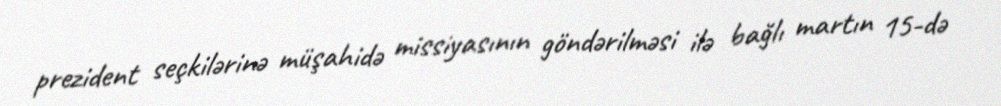
prezident seçkilərinə müşahidə missiyasının göndərilməsi ilə bağlı martın 15-də